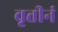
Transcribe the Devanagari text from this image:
वृत्तीनं